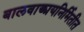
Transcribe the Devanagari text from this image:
बालवाङ्मयनिर्मितीत